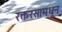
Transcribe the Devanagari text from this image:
रक्तरसामधून